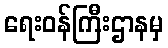
ရေးဝန်ကြီးဌာနမှ